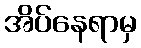
အိပ်နေရာမှ